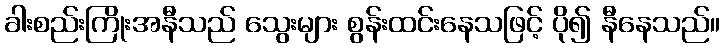
ခါးစည်းကြိုးအနီသည် သွေးများ စွန်းထင်းနေသဖြင့် ပို၍ နီနေသည်။